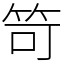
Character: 笴